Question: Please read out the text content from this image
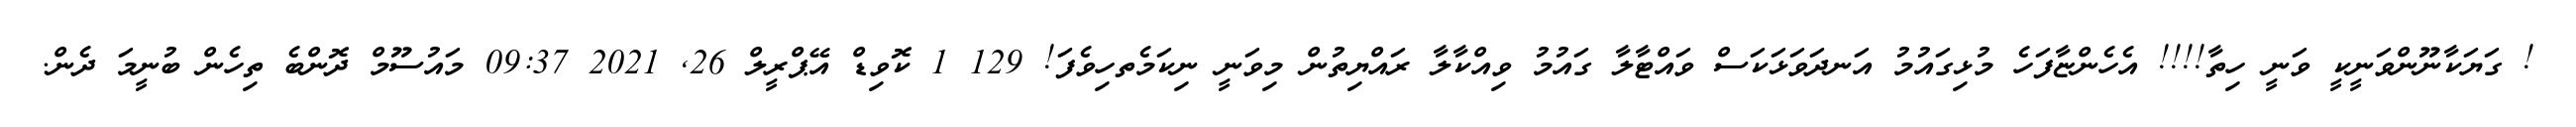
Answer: ! ގަޔަކާނޫންވަނީކީ ވަނީ ހިތާ!!!! އެހެންޏާފަހެ މުޅިގައުމު އަނދަވަޅަކަސް ވައްޓާލާ ގައުމު ވިއްކާލާ ރައްޔިތުން މިވަނީ ނިކަމެތހިވެފަ! 129 1 ކޮވިޑް އޭޕްރީލް 26, 2021 09:37 މައުސޫމް ދޮންބެ ތިހެން ބުނީމަ ދެން.